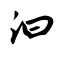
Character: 汩